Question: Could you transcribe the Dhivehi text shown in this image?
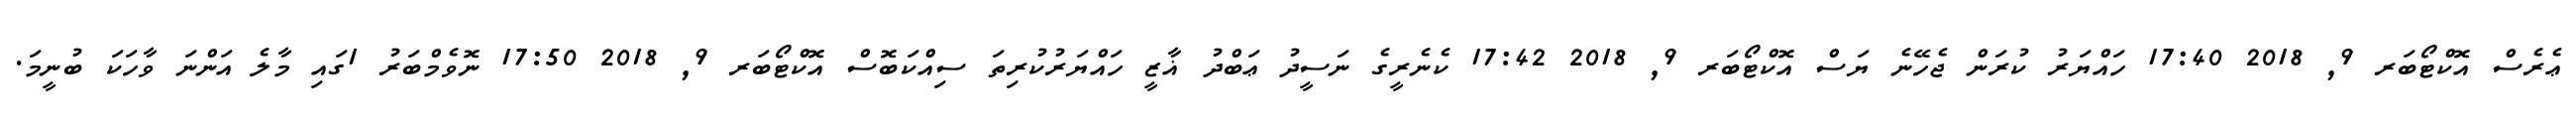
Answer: ޢެރެސް އޮކްޓޯބަރ 9, 2018 17:40 ހައްޔަރު ކުރަން ޖެހޭނެ ޔަސް އޮކްޓޯބަރ 9, 2018 17:42 ކެނެރީގެ ނަސީދު ޢަބްދު ޣާޒީ ހައްޔަރުކުރިތަ ސިއްކަބޮސް އޮކްޓޯބަރ 9, 2018 17:50 ނޮވެމްބަރު 1ގައި މާލެ އަންނަ ވާހަކަ ބުނީމަ.